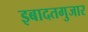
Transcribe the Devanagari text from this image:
इबादतगुजार